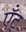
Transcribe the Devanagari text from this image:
ऍंट